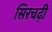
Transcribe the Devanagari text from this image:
सिरचढ़ी